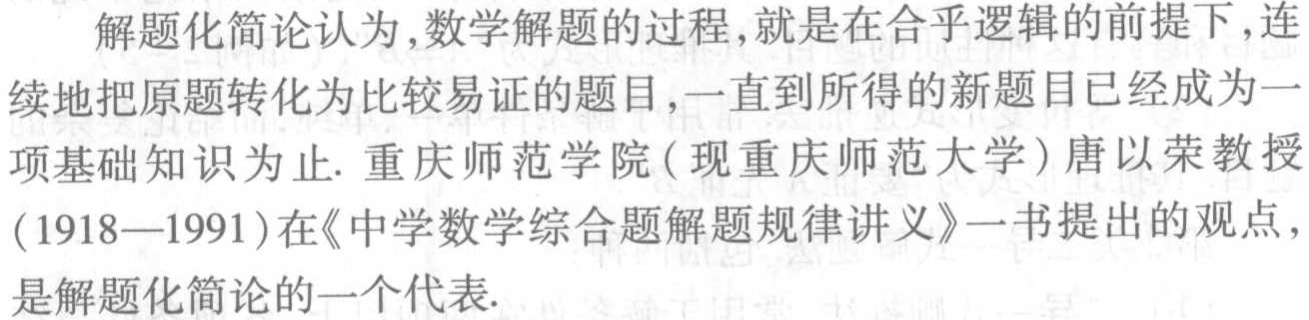
解题化简论认为,数学解题的过程,就是在合乎逻辑的前提下,连续地把原题转化为比较易证的题目,一直到所得的新题目已经成为一项基础知识为止. 重庆师范学院 (现重庆师范大学) 唐以荣教授(1918—1991)在《中学数学综合题解题规律讲义》一书提出的观点,是解题化简论的一个代表.